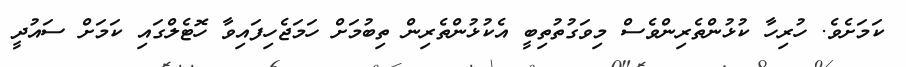
ކަމަށެވެ. ހުރިހާ ކުޅުންތެރިންވެސް މިވަގުތުތިބީ އެކުޅުންތެރިން ތިބުމަށް ހަމަޖެހިފައިވާ ހޮޓެލްގައި ކަމަށް ސައުދީ